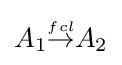
{\textstyle A_{1}{\stackrel {\scriptscriptstyle fcl}{\rightarrow }}A_{2}}